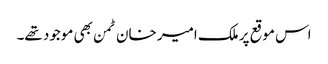
اس موقع پر ملک امیر خان ٹمن بھی موجود تھے۔